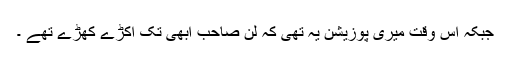
جبکہ اس وقت میری پوزیشن یہ تھی کہ لن صاحب ابھی تک اکڑے کھڑے تھے ۔